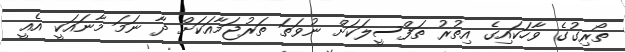
ތޯރިގުގެ ވާހަކައިގެ އިތުރު ތަފްސީލަކަށް ނުވަތަ ތަރުޖަމާއަކަށް ދާ ނަމަ މާނައަކީ އެއީ